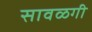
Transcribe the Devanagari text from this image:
सावळगी